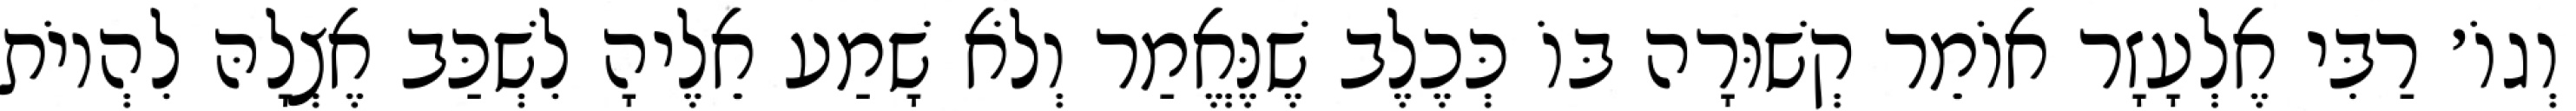
וְגוֹ׳ רַבִּי אֶלְעָזָר אוֹמֵר קְשׁוּרָה בּוֹ כְּכֶלֶב שֶׁנֶּאֱמַר וְלֹא שָׁמַע אֵלֶיהָ לִשְׁכַּב אֶצְלָהּ לִהְיוֹת